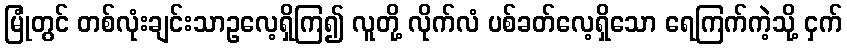
မြုံတွင် တစ်လုံးချင်းသာဥလေ့ရှိကြ၍ လူတို့ လိုက်လံ ပစ်ခတ်လေ့ရှိသော ရေကြက်ကဲ့သို့ ငှက်